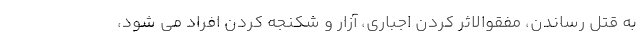
به قتل رساندن، مفقوالاثر کردن اجباری، آزار و شکنجه کردن افراد می شود،